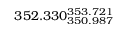
3 5 2 . 3 3 0 _ { 3 5 0 . 9 8 7 } ^ { 3 5 3 . 7 2 1 }